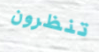
تنظرون